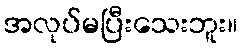
အလုပ်မပြီးသေးဘူး။